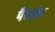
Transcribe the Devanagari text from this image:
पैराजेट